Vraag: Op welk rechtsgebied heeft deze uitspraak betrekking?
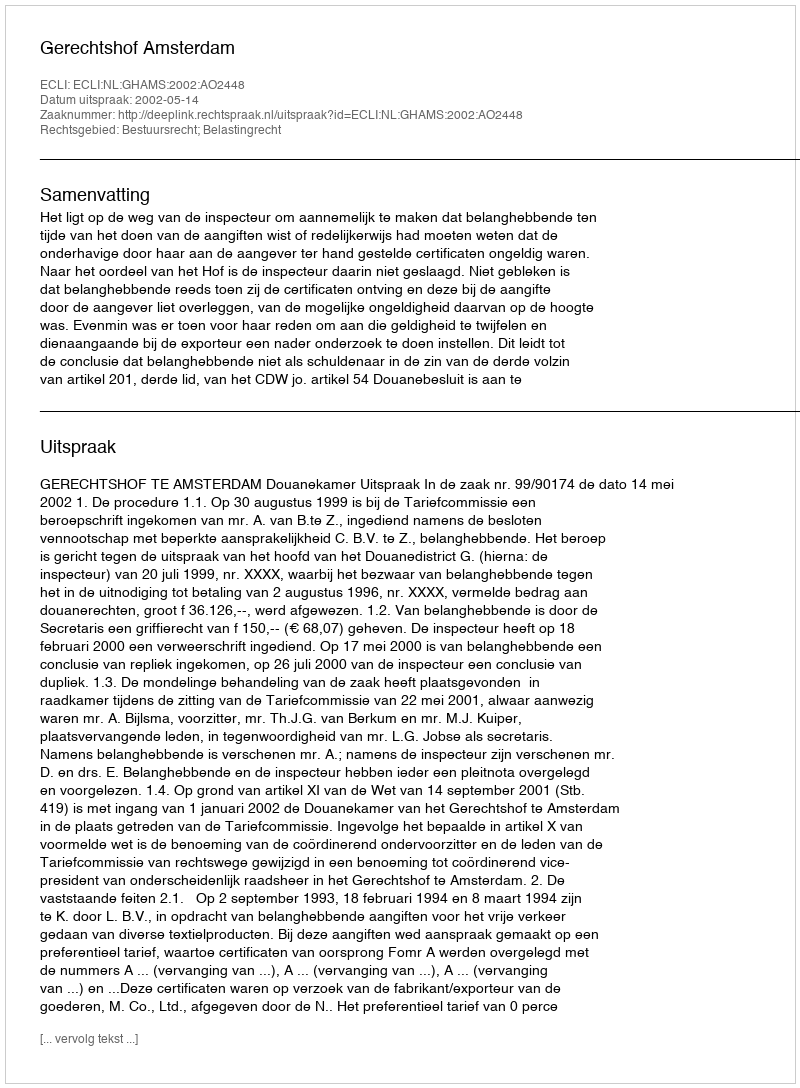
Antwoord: Bestuursrecht; Belastingrecht